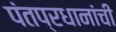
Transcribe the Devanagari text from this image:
पंतप्रधानांची